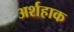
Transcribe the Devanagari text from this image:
अर्शहाक